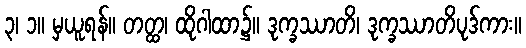
၃၊ ၁။ မှယူရန်။ တတ္ထ၊ ထိုဂါထာ၌။ ဒုက္ခဿာတိ၊ ဒုက္ခဿာတိပုဒ်ကား။